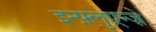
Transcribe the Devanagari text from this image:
इन्फ़्लुएन्ज़े